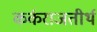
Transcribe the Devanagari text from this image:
कर्कराजतीर्थ